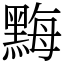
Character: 黣